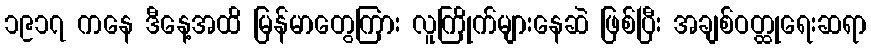
၁၉၁၇ ကနေ ဒီနေ့အထိ မြန်မာတွေကြား လူကြိုက်များနေဆဲ ဖြစ်ပြီး အချစ်ဝတ္ထုရေးဆရာ